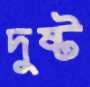
দুষ্ট